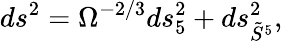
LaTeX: ds^{2}=\Omega^{-2/3}ds_{5}^{2}+ds_{\tilde{S}^{5}}^{2},